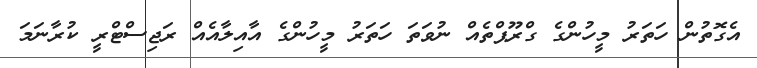
އެގޮތުން ހަތަރު މީހުންގެ ގްރޫޕްތެއް ނުވަތަ ހަތަރު މީހުންގެ އާއިލާއެއް ރަޖިސްޓްރީ ކުރާނަމަ